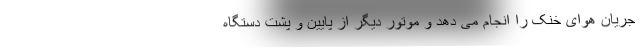
جریان هوای خنک را انجام می دهد و موتور دیگر از پایین و پشت دستگاه